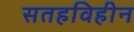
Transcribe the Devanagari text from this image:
सतहविहीन